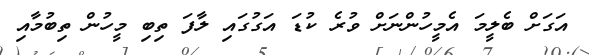
އަގަށް ބެލީމަ އެމީހުންނަށް ވުރެ ކުޑަ އަގުގައި ލާފަ ތިބި މީހުން ތިބުމާއި